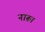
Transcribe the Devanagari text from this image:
नारू।